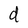
Character: d